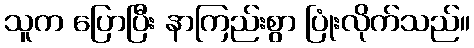
သူက ပြောပြီး နာကြည်းစွာ ပြုံးလိုက်သည်။